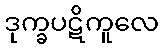
ဒုက္ခပဋိကူလေ